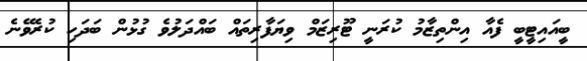
ބީއައިޓީބީ ފެއާ އިންތިޒާމު ކުރަނީ ޓޫރިޒަމް ވިޔަފާރިތައް ބައްދަލުވެ ގުޅުން ބަަދަހި ކުރެވޭނެ